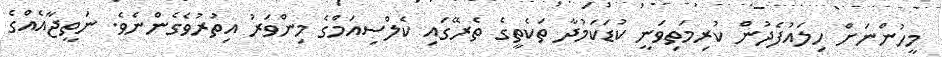
މީހުންނަށް ހިލައުފެދުން ކުރިމަތިވަނީ ކުޑަކަމުދާ ތަކެތީގެ ތެރޭގައި ކެލްސިއަމްގެ މިންވަރު އިތުރުވެގެންނެވެ. ނަތީޖާއެއްގެ